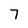
Character: 7